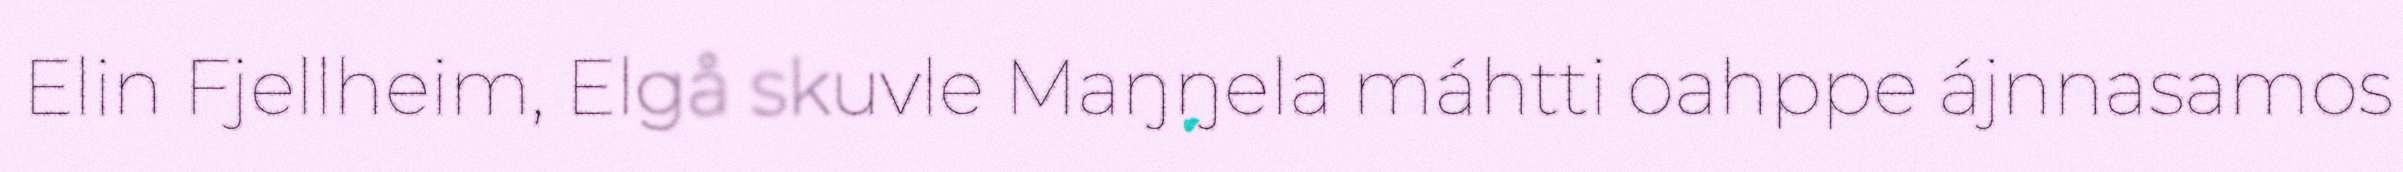
Elin Fjellheim, Elgå skuvle Maŋŋela máhtti oahppe ájnnasamos